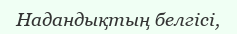
Надандықтың белгісі,